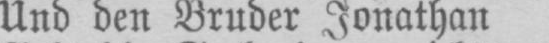
Und den Bruder Jonathan